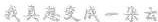
我真想变成一朵云